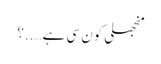
منجھلی کون سی ہے…..؟